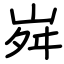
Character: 𡶷